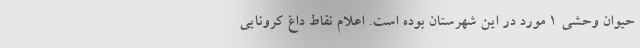
حیوان وحشی ۱ مورد در این شهرستان بوده است. اعلام نقاط داغ کرونایی